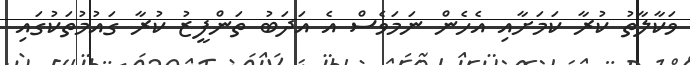
ވަކާލާތު ކުރާ ކަަމަށާއި އެހެން ނަމަވެސް އެ އަދަބު ތަންފީޒު ކުރާ ގައުމުތަކުގައި